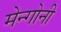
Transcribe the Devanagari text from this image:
मेन्गोनी